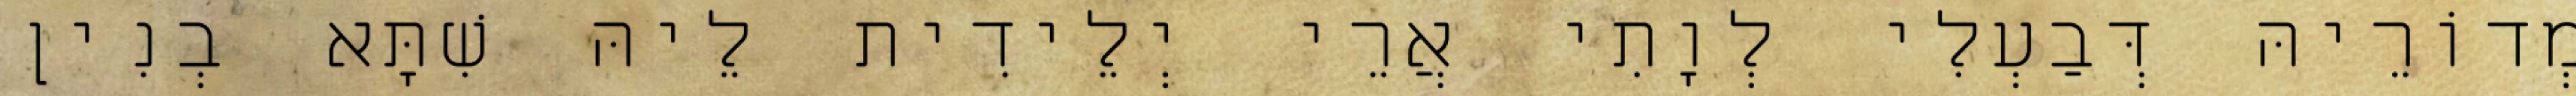
מְדוֹרֵיהּ דְּבַעְלִי לְוָתִי אֲרֵי יְלֵידִית לֵיהּ שִׁתָּא בְנִין